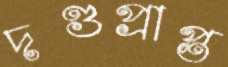
দণ্ডপ্রাপ্ত